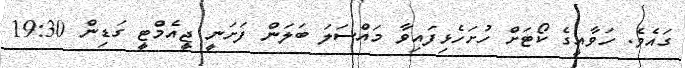
ގައެވެ. ހަވާއީގެ ކޯޓަށް ހުށަހެޅިފައިވާ މައްސަލަ ބަލަން ފަށަނީ ޖީއެމްޓީ ގަޑިން 19:30